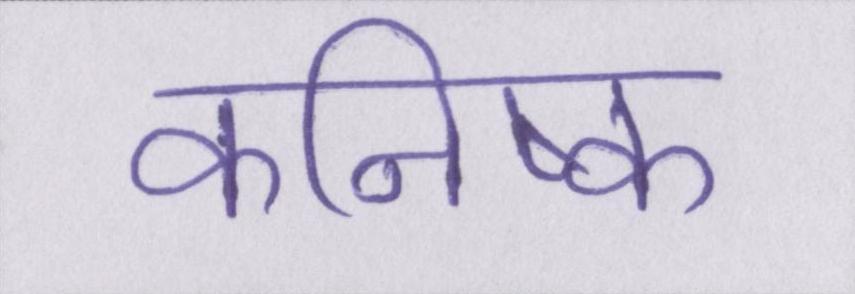
कनिष्क